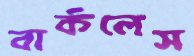
বার্কলেস